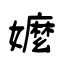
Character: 嬤